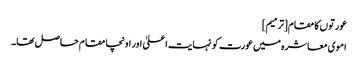
عورتوں کا مقام[ترمیم]
اموی معاشرہ میں عورت کو نہایت اعلیٰ اور اونچا مقام حاصل تھا۔